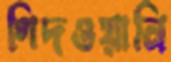
গিদওয়ানি